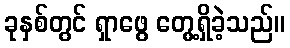
ခုနှစ်တွင် ရှာဖွေ တွေ့ရှိခဲ့သည်။